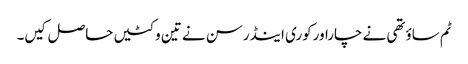
ٹم ساؤتھی نے چاراورکوری اینڈرسن نے تین وکٹیں حاصل کیں۔